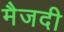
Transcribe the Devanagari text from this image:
मैजदी